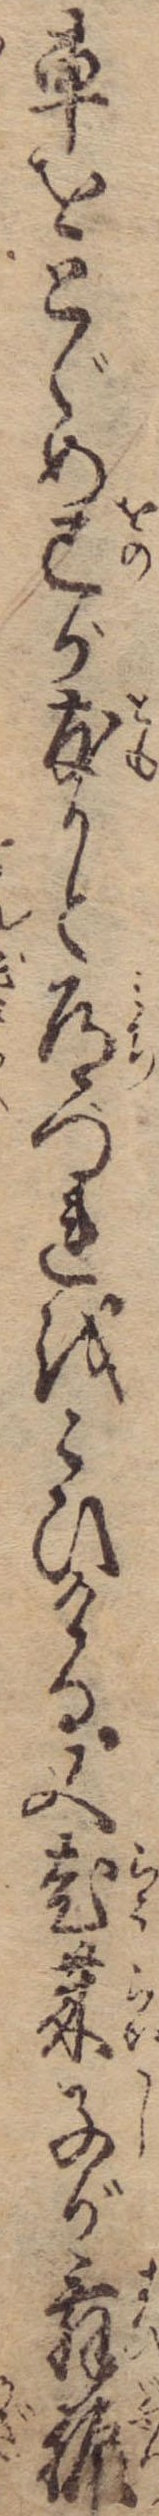
車をとゞめ己が友かと道づれをこひける又老莱子が舞振